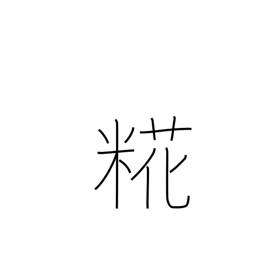
Meaning: malt